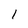
Character: l